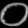
Digit: ၀